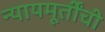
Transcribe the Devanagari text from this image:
न्यायमूर्तींची